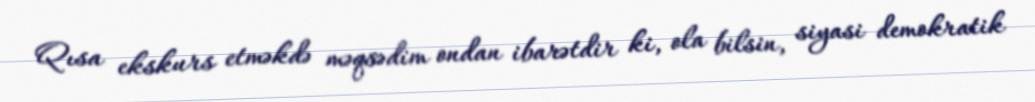
Qısa ekskurs etməkdə məqsədim ondan ibarətdir ki, ola bilsin, siyasi demokratik